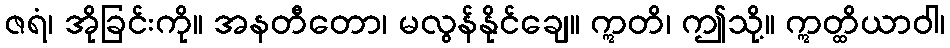
ဇရံ၊ အိုခြင်းကို။ အနတီတော၊ မလွန်နိုင်ချေ။ ဣတိ၊ ဤသို့။ ဣတ္ထိယာဝါ၊